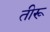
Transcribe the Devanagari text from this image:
तीरू